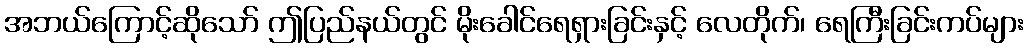
အဘယ်ကြောင့်ဆိုသော် ဤပြည်နယ်တွင် မိုးခေါင်ရေရှားခြင်းနှင့် လေတိုက်၊ ရေကြီးခြင်းကပ်များ